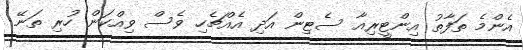
އެންމެ ތަފާތު އިންޓީރިއާ ސެޓިން އަދި އެއްޗެހި ވެސް ވިއްކަން ހުރި ތަނޭ